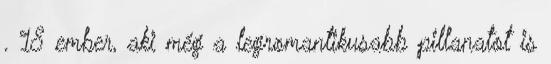
. 18 ember, aki még a legromantikusabb pillanatot is